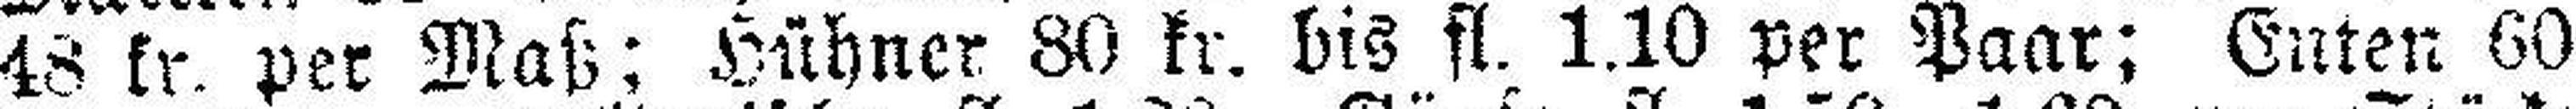
48 kr. per Maß; Hühner 80 kr. bis fl. 1.10 per Paar; Guten 60